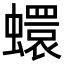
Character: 蠉